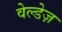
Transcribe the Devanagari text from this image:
वेल्डेज़